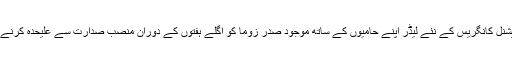
ایسا خیال کیا گیا ہے کہ افریقن نیشنل کانگریس کے نئے لیڈر اپنے حامیوں کے ساتھ موجود صدر زوما کو اگلے ہفتوں کے دوران منصب صدارت سے علیحدہ کرنے کی عملی کوشش کر سکتے ہیں۔